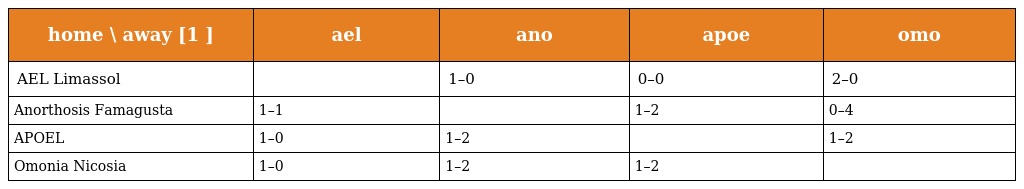
| home \ away [1 ] | ael | ano | apoe | omo |
 | --- | --- | --- | --- | --- |
 | AEL Limassol |  | 1–0 | 0–0 | 2–0 |
 | Anorthosis Famagusta | 1–1 |  | 1–2 | 0–4 |
 | APOEL | 1–0 | 1–2 |  | 1–2 |
 | Omonia Nicosia | 1–0 | 1–2 | 1–2 |  |